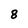
Character: 8